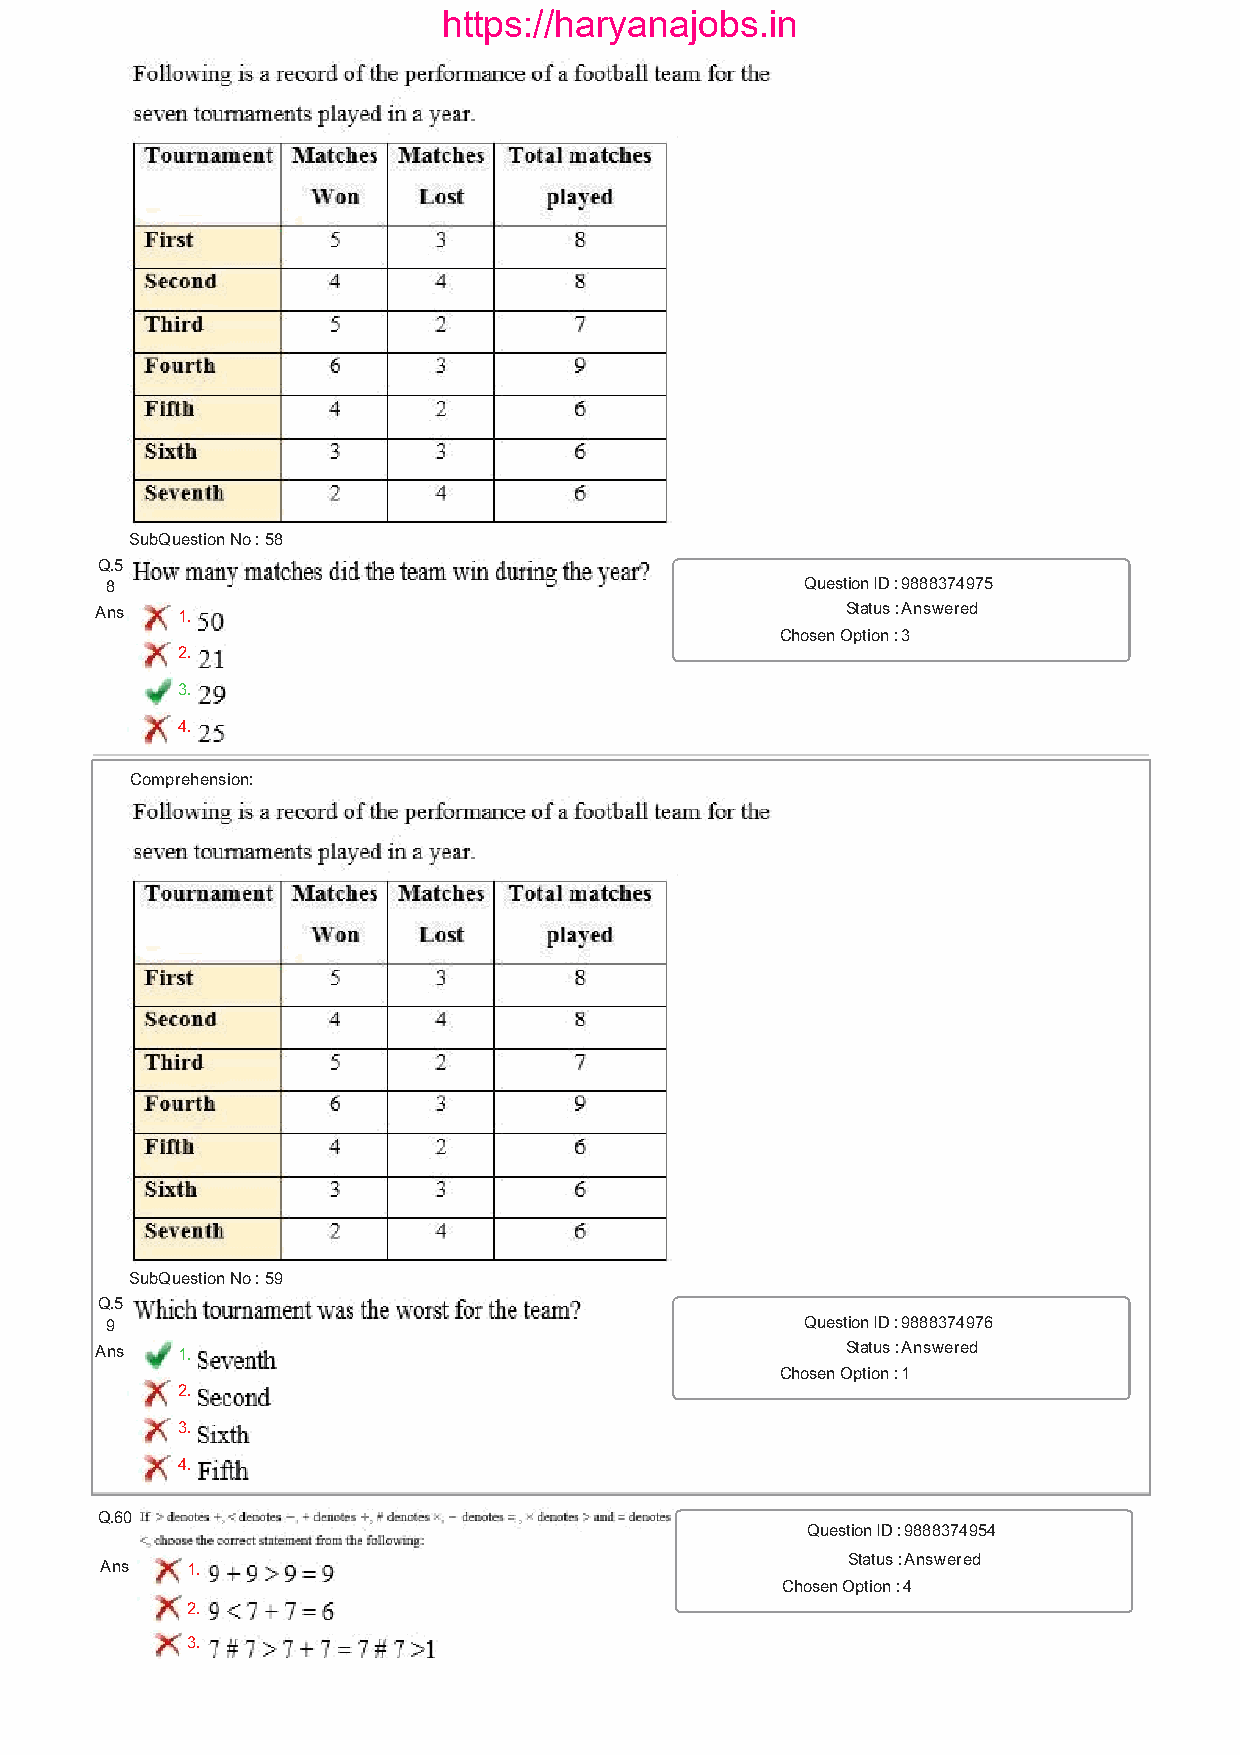
https://haryanajobs.in
 SubQuestion No : 58
 Q.5
 8                                             Question ID : 9888374975
 Ans   1.                                          Status : Answered
 Chosen Option : 3
 2.
 3.
 4.
 Comprehension:
 SubQuestion No : 59
 Q.5
 9                                             Question ID : 9888374976
 Ans   1.                                          Status : Answered
 Chosen Option : 1
 2.
 3.
 4.
 Q.60
 Question ID : 9888374954
 Status : Answered
 Ans  1.
 Chosen Option : 4
 2.
 3.